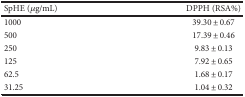
| SpHE (μg/mL) | DPPH (RSA%) |
 | --- | --- |
 | 1000 | 39.30 ± 0.67 |
 | 500 | 17.39 ± 0.46 |
 | 250 | 9.83 ± 0.13 |
 | 125 | 7.92 ± 0.65 |
 | 62.5 | 1.68 ± 0.17 |
 | 31.25 | 1.04 ± 0.32 |